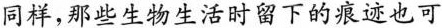
同样，那些生物生活时留下的痕迹也可